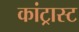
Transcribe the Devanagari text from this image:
कांट्रास्ट